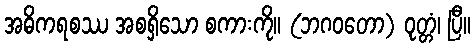
အဓိကရစဿ အစရှိသော စကားကို။ (ဘဂဝတော) ဝုတ္တံ၊ ပြီ။